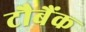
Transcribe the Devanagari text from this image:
टौबैंक